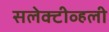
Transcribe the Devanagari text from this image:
सलेक्टीव्हली